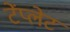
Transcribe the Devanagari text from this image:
टेंप्लेट